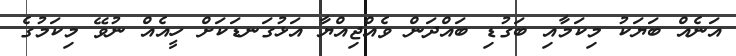
އަނެއް ބަޔަކު މިކަމާއި ބަގުޑި ބައްދަން ވެއްޖިއްޔާ އަޅުގަނޑަކަށް ހީއެއް ނުވޭ މިކަމުގެ